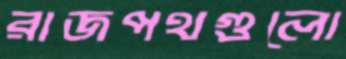
রাজপথগুলো